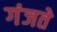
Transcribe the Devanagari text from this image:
गंजते